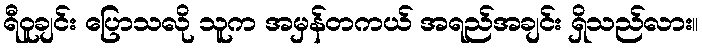
ရီဝူချင်း ပြောသလို သူက အမှန်တကယ် အရည်အချင်း ရှိသည်လား။